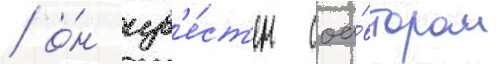
/ о́н изв'е́ст'ен соа́втором